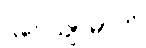
ဌပေယျာမာတိ